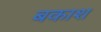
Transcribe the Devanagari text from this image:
बकाश